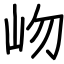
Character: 岉